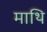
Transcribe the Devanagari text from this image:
माथि